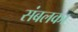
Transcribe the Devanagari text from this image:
संबलका